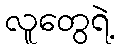
လူတွေရဲ့